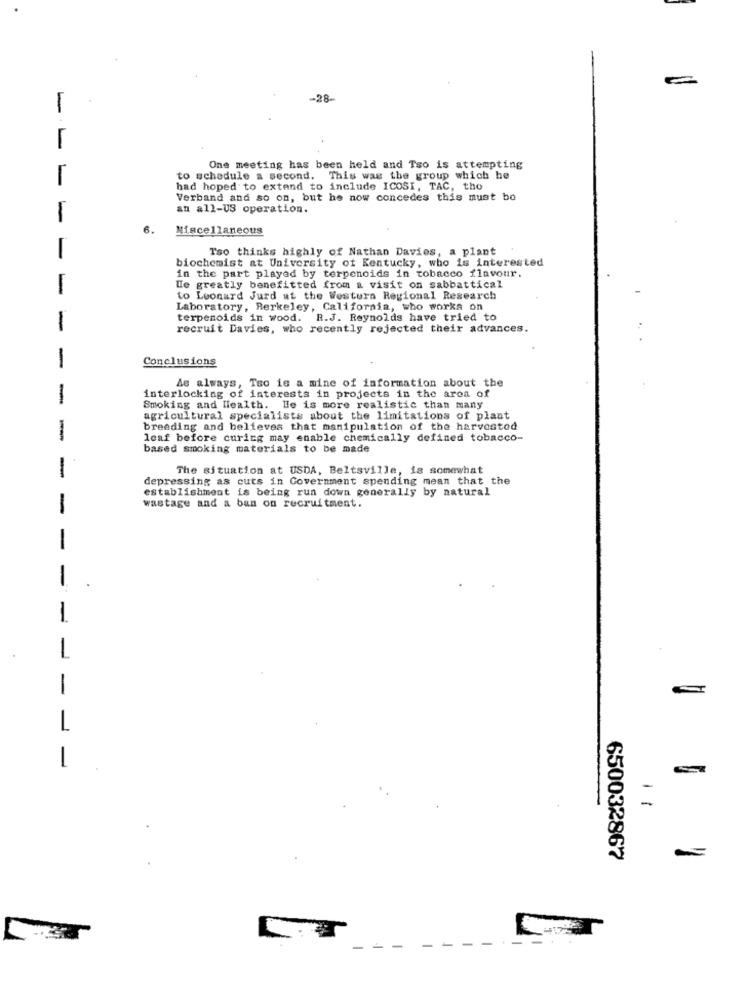
-28-
1
One meeting has been held and Tso is attempting
1
to schedule a second. This was the group which he
had hoped to extend to include ICOSI, TAC, tho
Verband and so on, but he now concedes this must bo
an all-US operation.
6.
Miscellaneous
Tso thinks highly of Nathan Davies, a plant
biochemist at University of Kentucky, who is interested
in the part played by terpenoids in tobacco flavour.
We greatly benefitted from a visit on sabbattical
to Leonard Jurd at the Western Regional Research
Laboratory, Berkeley, California, who works on
terpenoids in wood. R.J. Reynolds have tried to
-
recruit Davies, who recently rejected their advances.
-
Conclusions
As always, Tso is a mine of information about the
interlocking of interests in projects in the area of
Smoking and Health. He is more realistic than many
agricultural specialists about the limitations of plant
breeding and believes that manipulation of the harvested
leaf before curing may enable chemically defined tobacco-
based smoking materials to be made
The situation at USDA, Beltsville, is somewhat
depressing as cuts in Government spending mean that the
establishment is being run down generally by natural
wastage and a ban on recruitment.
-
-
-
-
1
1
L
1
-
650032867